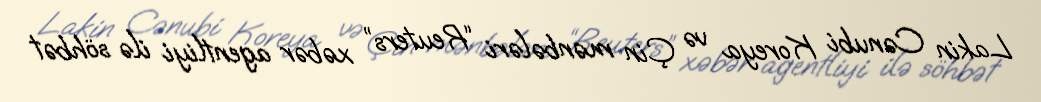
Lakin Cənubi Koreya və Çin mənbələri “Reuters” xəbər agentliyi ilə söhbət